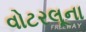
વોટરલૂના